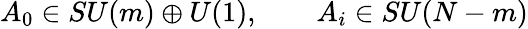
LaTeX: A_{0}\in SU(m)\oplus U(1),\qquad A_{i}\in SU(N-m)